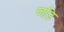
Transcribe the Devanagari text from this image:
जड़ि